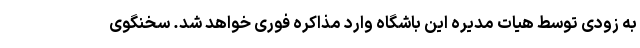
به زودی توسط هیات مدیره این باشگاه وارد مذاکره فوری خواهد شد. سخنگوی